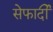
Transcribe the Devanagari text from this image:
सेफार्दी